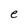
Character: e